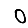
Digit: 0